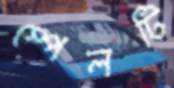
স্পেলটি